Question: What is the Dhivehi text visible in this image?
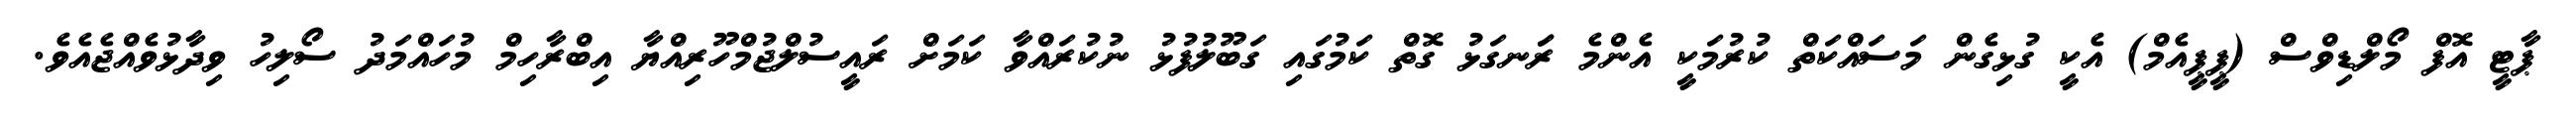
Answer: ޕާޓީ އޮފް މޯލްޑިވްސް (ޕީޕީއެމް) އެކީ ގުޅިގެން މަސައްކަތް ކުރުމަކީ އެންމެ ރަަނގަޅު ގޮތް ކަމުގައި ގަބޫލުފުޅު ނުކުރައްވާ ކަމަށް ރައީސުލްޖުމްހޫރިއްޔާ އިބްރާހިމް މުހައްމަދު ސޯލިހު ވިދާޅުވެއްޖެއެވެ.